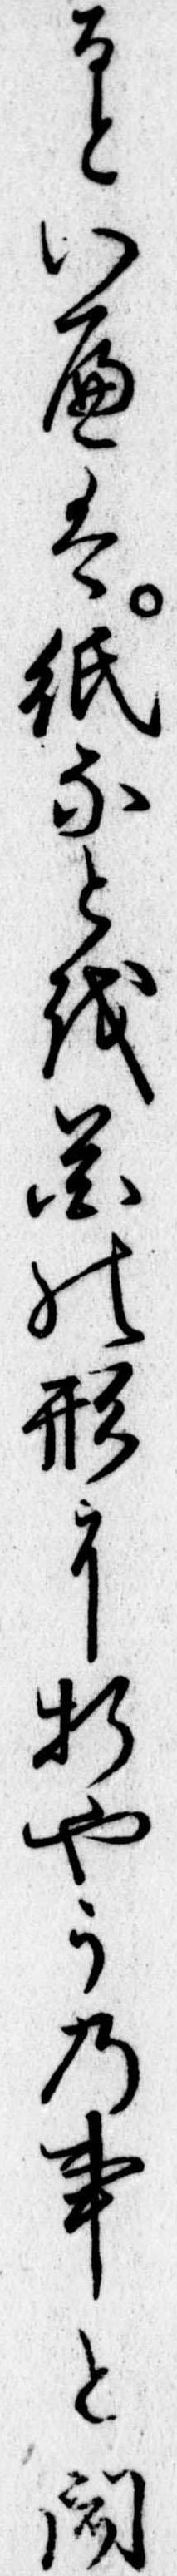
るといへは紙なとを花の形に折やうの事と聞